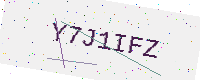
Text: Y7J1IFZ